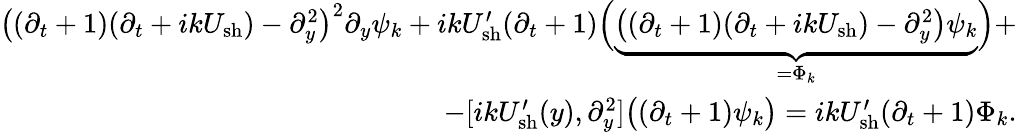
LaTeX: \begin{array}{r}{\big((\partial_{t}+1)(\partial_{t}+ikU_{\mathrm{sh}})-\partial_{y}^{2}\big)^{2}\partial_{y}\psi_{k}+ikU_{\mathrm{sh}}^{\prime}(\partial_{t}+1)\Big(\underbrace{\big((\partial_{t}+1)(\partial_{t}+ikU_{\mathrm{sh}})-\partial_{y}^{2}\big)\psi_{k}}_{=\Phi_{k}}\Big)+}\\ {-[ikU_{\mathrm{sh}}^{\prime}(y),\partial_{y}^{2}]\big((\partial_{t}+1)\psi_{k}\big)=ikU_{\mathrm{sh}}^{\prime}(\partial_{t}+1)\Phi_{k}.}\end{array}